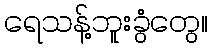
ရေသန့်ဘူးခွံတွေ။